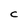
Character: C